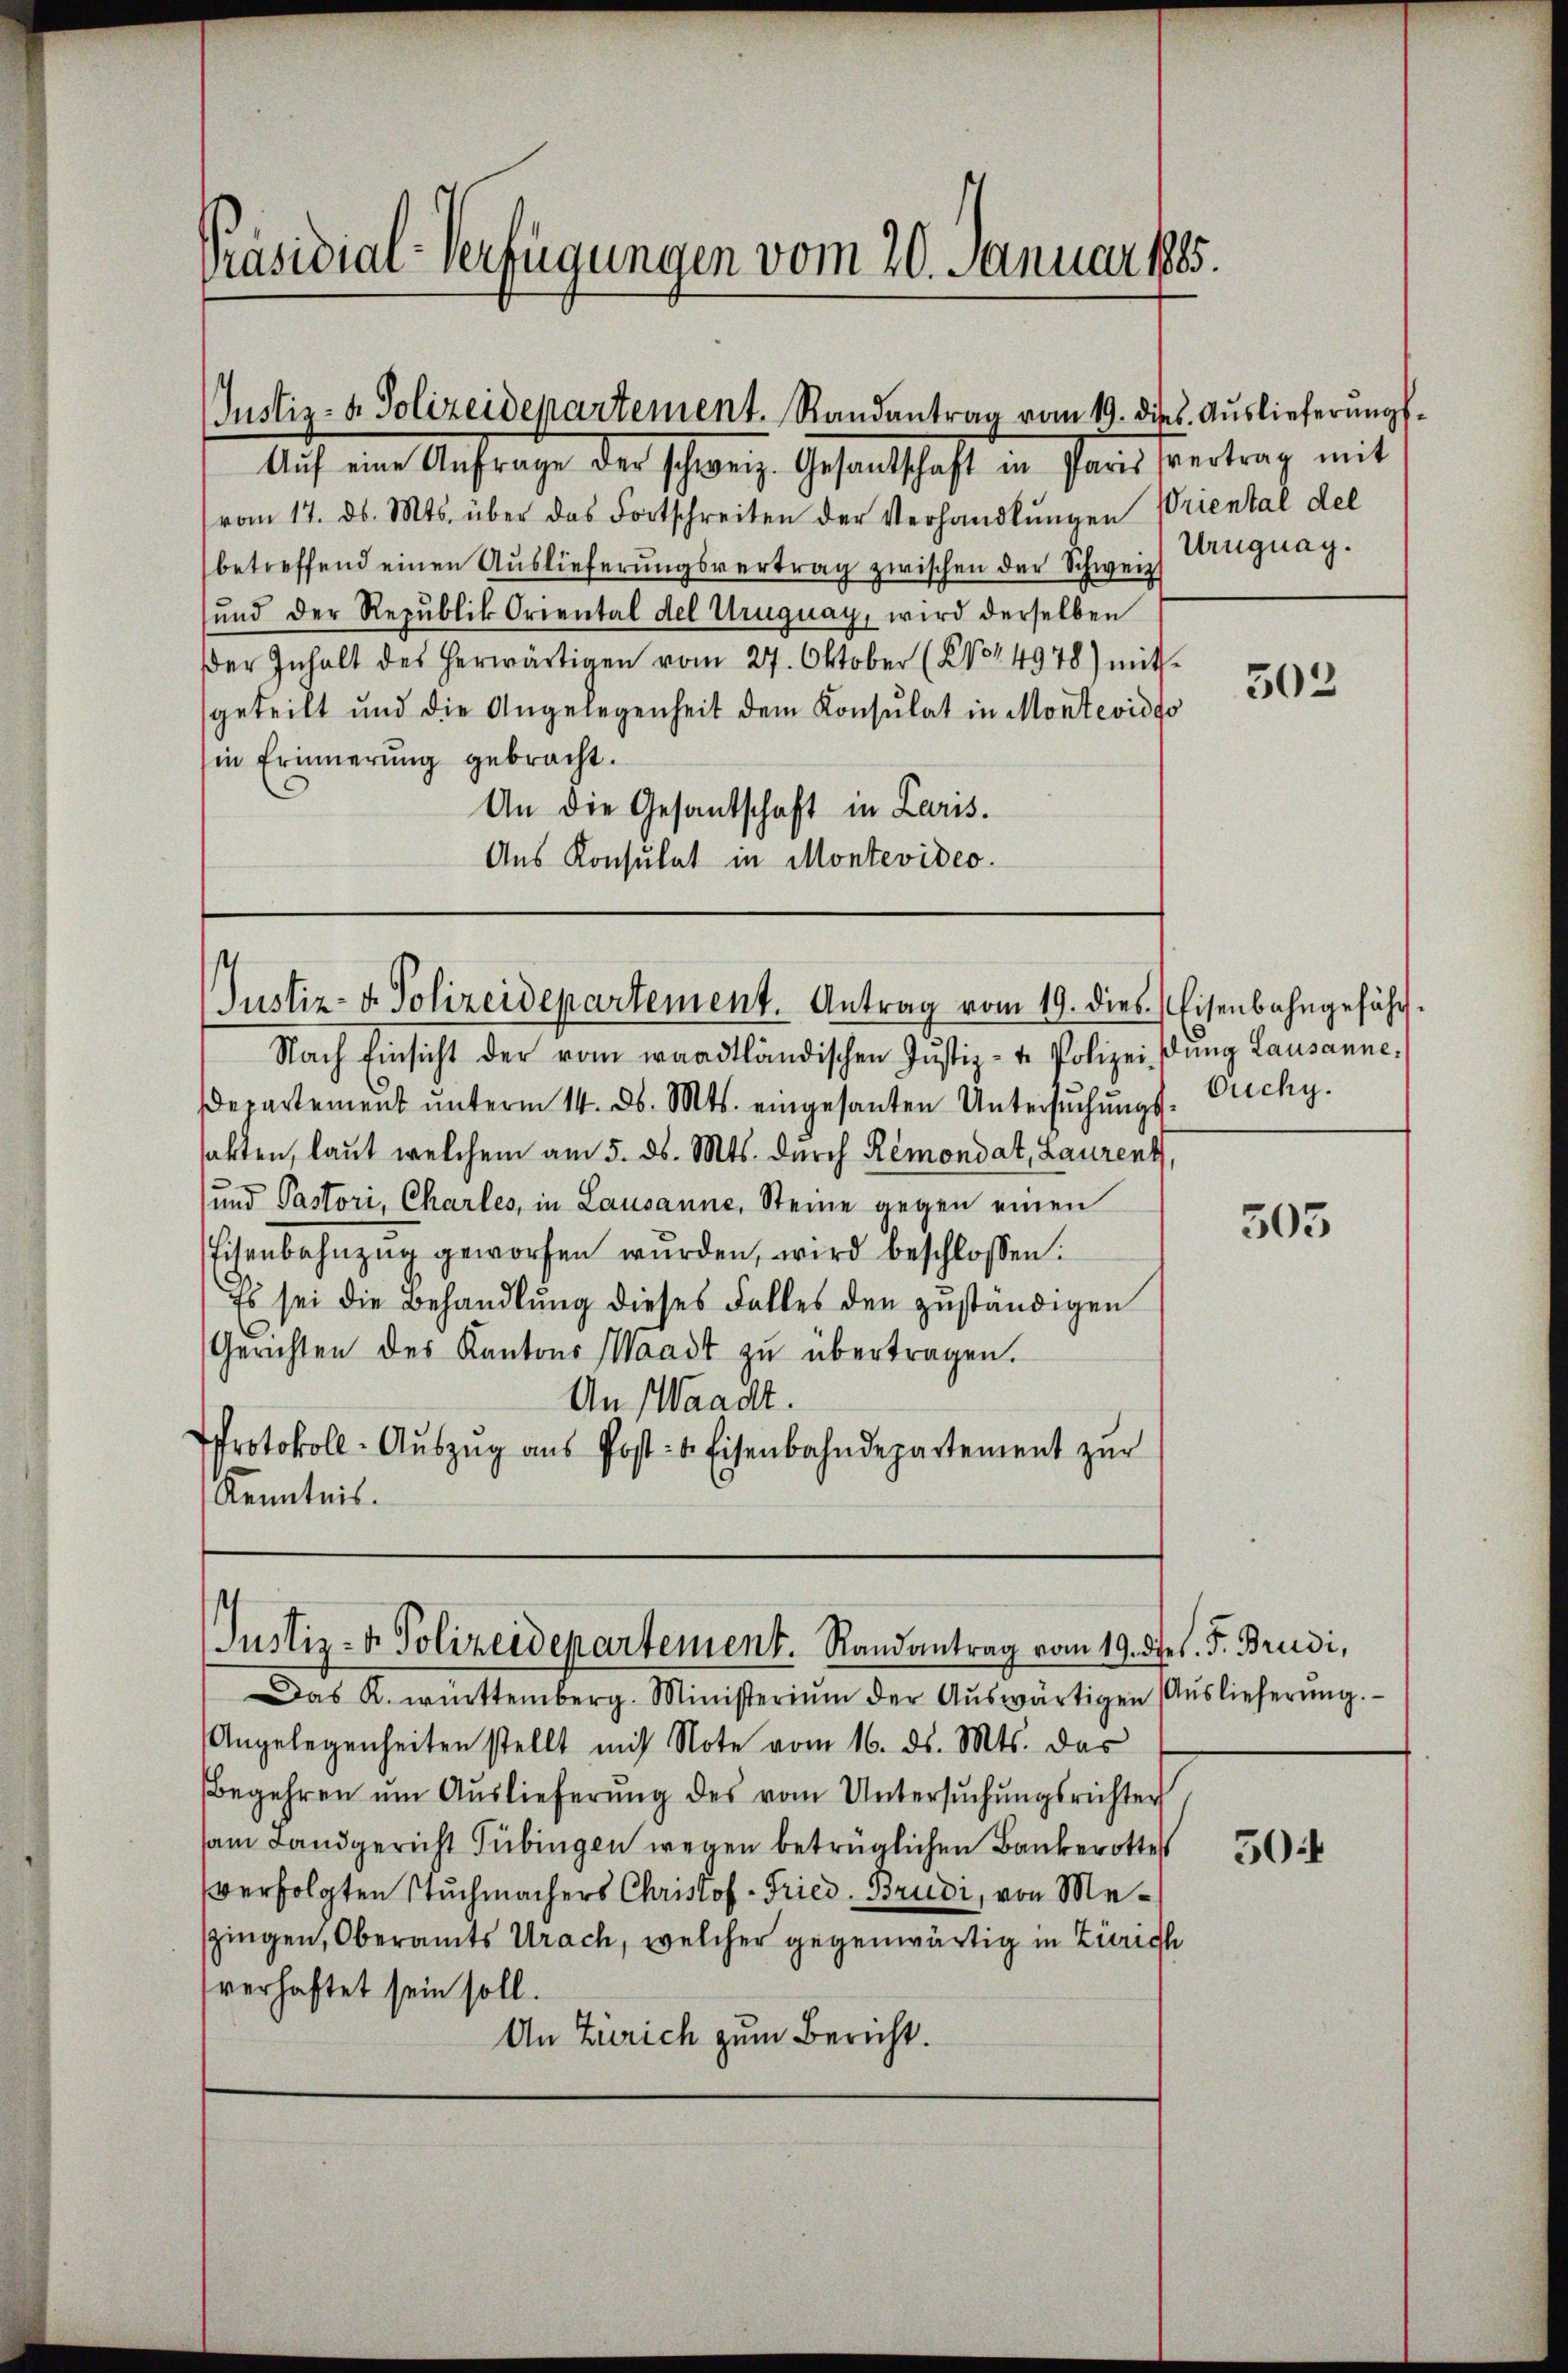
Präsidial-Verfügungen vom 20. Januar 1885.

Justiz- & Polizeidepartement. Randantrag vom 19. dies Aŭslieferŭngs-

Auf eine Anfrage der schweiz. Gesandtschaft in Parisvertrag mit
vom 17. ds. Mts. über das Fortschreiben der Verhandlungen Priental del
betreffend einen Auslieferungsvertrag zwischen der Schweiz Langnag.
ŭnd der Republik Oriental del Uruguay, wird derselben
der Inhalt des herwärtigen vom 27. Oktober (204. 4978) mit
geteilt und die Angelegenheit dem Konsulat in Montevidso
in Erinnerung gebracht.
An die Gesandschaft in Laris.
Aus Konsulat in Montevideo

.
Justiz- & Polizeidepartement. Antrag vom 19. dies Eisenbahngefähr¬

Nach Einsicht der vom waadtländischen Jŭstiz- u. Polizeidung Lausanne.
departement unterm 14. ds. Mts. eingesanten Untersuchungs- Ouchy.
akten, laut welchem am 5. ds. Mts. durch Remondat, Laurent,
und Pastori, Chartes, in Lausanne, Steine gegen einen
Eisenbahnzug geworfen wurden, wird beschlossen:
Es sei die Behandlung dieses Falles den zuständigen
Gerichten des Kantons Waadt zu übertragen.
An (Waadt.
Protokoll-Aŭszŭg aŭs Post- & Eisenbahndepartement zŭr
Kenntnis.

Justiz- & Polizeidepartement. Randantrag vom 19. dies. F. Brudi,

Das K. Württemberg. Ministeriŭm der Aŭswärtigen Aŭslieferŭng.
Angelegenheiten stellt mit Note vom 16. ds. Mts. das
Begehren um Auslieferung des vom Untersŭchŭngsrichter
am Landgericht Tübingen wegen betrüglichen Baukerottes
verfolgten Stuchmachers Christof-Fried. Brudi, von Mespingen, Oberamts Urach, welcher gegenwärtig in Zürich
verhaftet sein soll.
An Zürich zum Bericht.

303

303

504